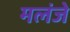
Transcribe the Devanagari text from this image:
मलंजे